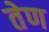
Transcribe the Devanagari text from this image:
तेण